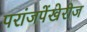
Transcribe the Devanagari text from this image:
परांजपेंखेरीज